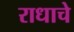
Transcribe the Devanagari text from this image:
राधाचे